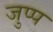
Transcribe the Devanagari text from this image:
जुप्प